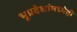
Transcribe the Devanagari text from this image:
भूप्रदेशांमध्येही